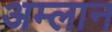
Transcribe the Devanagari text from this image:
अम्लान